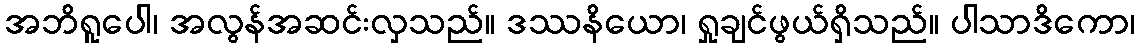
အဘိရူပေါ၊ အလွန်အဆင်းလှသည်။ ဒဿနိယော၊ ရှုချင်ဖွယ်ရှိသည်။ ပါသာဒိကော၊